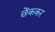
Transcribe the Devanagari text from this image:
छेंककर